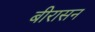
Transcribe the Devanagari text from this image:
बीरासन